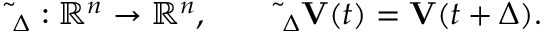
\widetilde { \bf \Phi } _ { \Delta } : \mathbb R ^ { n } \rightarrow \mathbb R ^ { n } , \qquad \widetilde { \bf \Phi } _ { \Delta } { \bf V } ( t ) = { \bf V } ( t + \Delta ) .